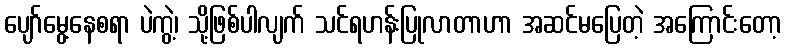
ပျော်မွေ့နေစရာ ပဲကွဲ့၊ သို့ဖြစ်ပါလျက် သင်ရဟန်းပြုလာတာဟာ အဆင်မပြေတဲ့ အကြောင်းတော့